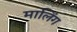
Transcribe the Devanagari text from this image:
मालिंग